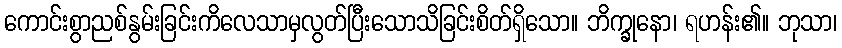
ကောင်းစွာညစ်နွမ်းခြင်းကိလေသာမှလွတ်ပြီးသောသိခြင်းစိတ်ရှိသော။ ဘိက္ခုနော၊ ရဟန်း၏။ ဘုသာ၊